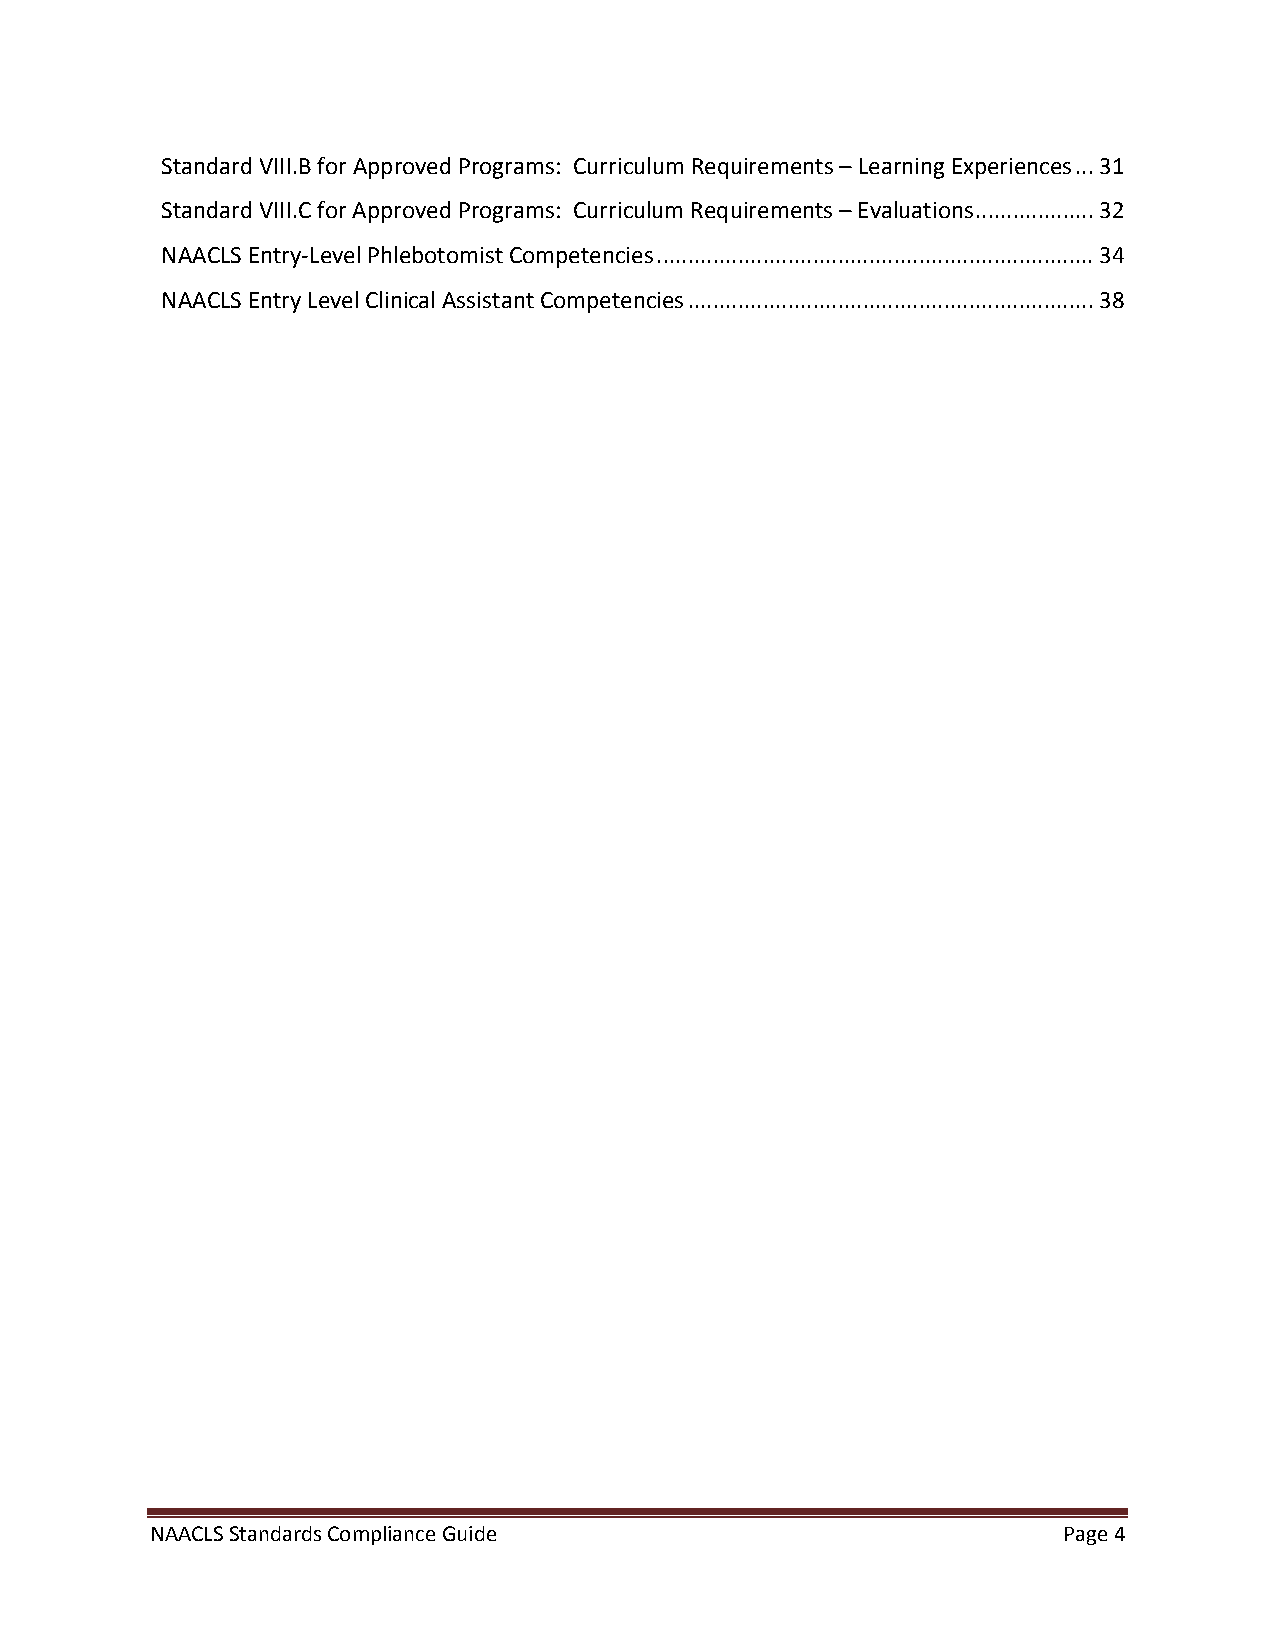
Standard VIII.B for Approved Programs: Curriculum Requirements – Learning Experiences ... 31
 Standard VIII.C for Approved Programs: Curriculum Requirements – Evaluations ................... 32
 NAACLS Entry-Level Phlebotomist Competencies ...................................................................... 34
 NAACLS Entry Level Clinical Assistant Competencies ................................................................. 38
 NAACLS Standards Compliance Guide                           Page 4